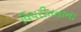
વિપરીતતાના